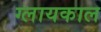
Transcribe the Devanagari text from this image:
ग्लायकाल